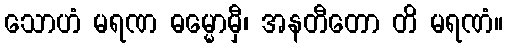
သောဟံ မရဏ ဓမ္မောမှီ၊ အနတီတော တိ မရဏံ။